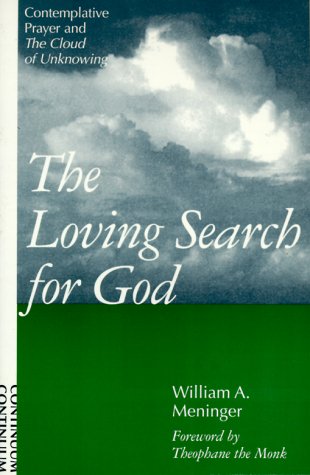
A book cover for The Loving Search for God: Contemplative Prayer and the Cloud of Unknowing; William A. Meninger; Christian Books & Bibles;